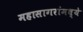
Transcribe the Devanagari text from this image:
महासागरांमध्ये